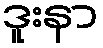
ဒူးနာ